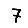
Digit: 7